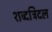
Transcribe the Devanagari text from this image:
शब्दत्रिदल